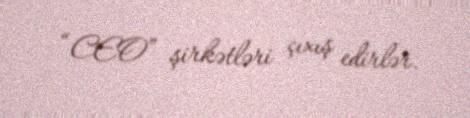
“CEO” şirkətləri çıxış edirlər.